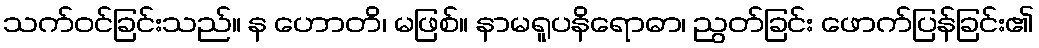
သက်ဝင်ခြင်းသည်။ န ဟောတိ၊ မဖြစ်။ နာမရူပနိရောဓာ၊ ညွတ်ခြင်း ဖောက်ပြန်ခြင်း၏